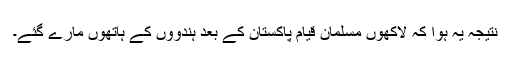
نتیجہ یہ ہوا کہ لاکھوں مسلمان قیام پاکستان کے بعد ہندووں کے ہاتھوں مارے گئے۔